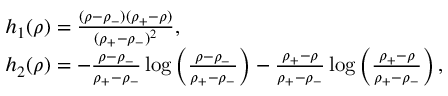
\begin{array} { r l } & { h _ { 1 } ( \rho ) = \frac { ( \rho - \rho _ { - } ) ( \rho _ { + } - \rho ) } { ( \rho _ { + } - \rho _ { - } ) ^ { 2 } } , } \\ & { h _ { 2 } ( \rho ) = - \frac { \rho - \rho _ { - } } { \rho _ { + } - \rho _ { - } } \log \left( \frac { \rho - \rho _ { - } } { \rho _ { + } - \rho _ { - } } \right) - \frac { \rho _ { + } - \rho } { \rho _ { + } - \rho _ { - } } \log \left( \frac { \rho _ { + } - \rho } { \rho _ { + } - \rho _ { - } } \right) , } \end{array}